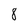
Character: 8